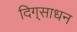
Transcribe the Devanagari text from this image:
दिग्‌साधन